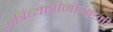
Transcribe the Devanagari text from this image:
रात्रिव्यापिनीअष्टमी